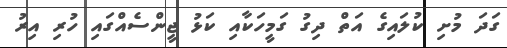
ގަދަ މުށި ކުލައިގެ އަތް ދިގު ގަމީހަކާއި ކަޅު ޖީންސެއްގައި ހުރި އިރު